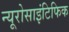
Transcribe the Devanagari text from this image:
न्यूरोसाइंटिफिक